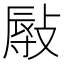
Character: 𢾯